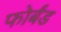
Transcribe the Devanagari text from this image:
फोर्बंड